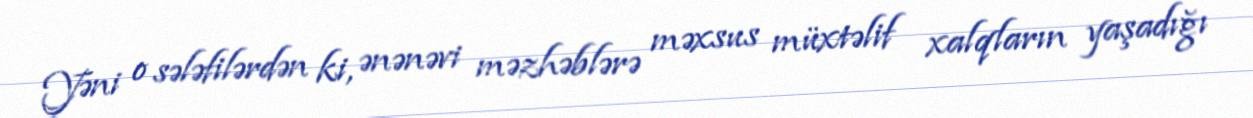
Yəni o sələfilərdən ki, ənənəvi məzhəblərə məxsus müxtəlif xalqların yaşadığı